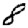
Digit: 8